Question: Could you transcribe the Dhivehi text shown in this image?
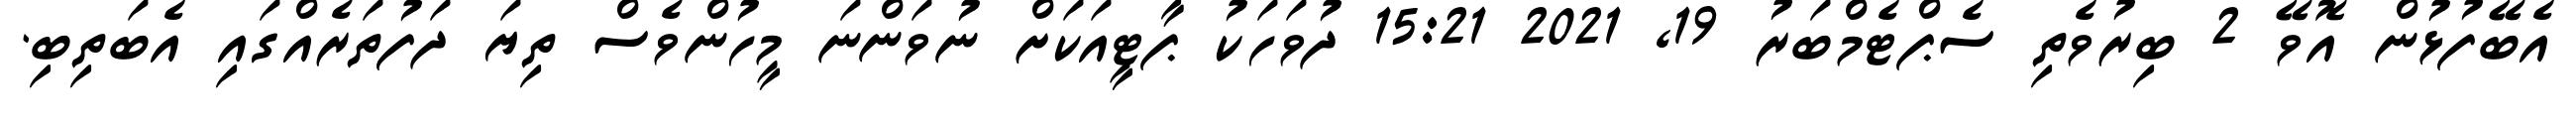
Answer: އެބޭފުޅުން އޮވޭ 2 ބިރުވެތި ސެޕްޓެމްބަރު 19, 2021 15:21 ދުވަހަކު ޕާޓީއަކަށް ނުވަންނަ މީހުންވެސް ތިޔަ ދަފުތަރެއްގައި އެބަތިބި.